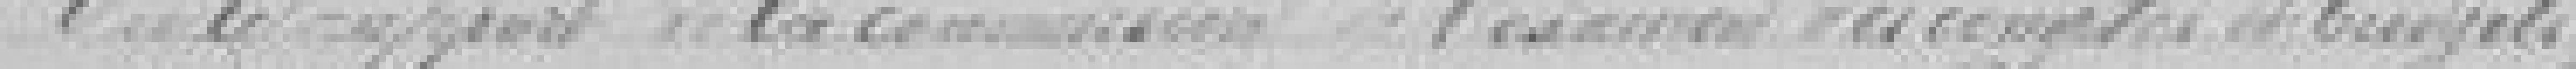
Vu le rapport de la Commission de l'exercice des comptes du budget.